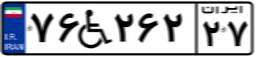
۷۶W۲۶۲۲۷